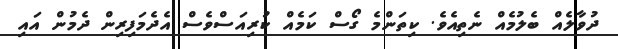
ދުވާލެއް ބެލުމެއް ނެތިއެވެ. ކިތަންމެ ގޯސް ކަމެއް ކުރިއަސްވެސް އެދެމަފިރިން ދެމުން އައި